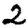
Digit: 2